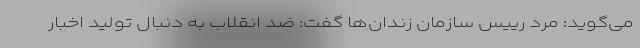
می‌گوید: مُرد رییس سازمان زندان‌ها گفت: ضد انقلاب به دنبال تولید اخبار